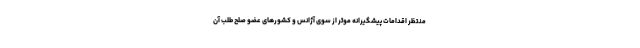
منتظر اقدامات پیشگیرانه موثر از سوی آژانس و کشورهای عضو صلح طلب آن